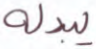
يبدله